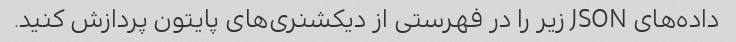
داده‌های JSON زیر را در فهرستی از دیکشنری‌های پایتون پردازش کنید.